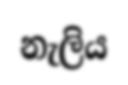
නැලිය